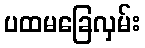
ပထမခြေလှမ်း